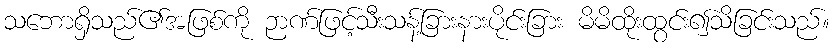
သဘောရှိသည်၏အဖြစ်ကို ဉာဏ်ဖြင့်သီးသန့်ခြားနားပိုင်းခြား မိမိထိုးထွင်း၍သိခြင်းသည်။